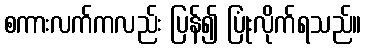
စကားလက်ကလည်း ပြန်၍ ပြုံးလိုက်ရသည်။